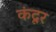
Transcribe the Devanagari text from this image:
कंदूर